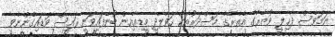
ނަމަވެސް ދާޚިލީ ވުޒާރާގެ އެތެރޭގެ މަސްދަރުތަކާ ހަވާލާދީ މީޑިއާއިން ބުނެފައިވަނީ ރައީސް ވަޑައިގެންނެވީ